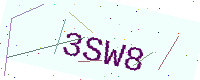
Text: 3SW8